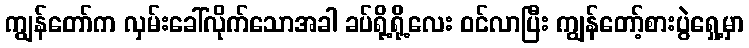
ကျွန်တော်က လှမ်းခေါ်လိုက်သောအခါ ခပ်ရို့ရို့လေး ဝင်လာပြီး ကျွန်တော့်စားပွဲရှေ့မှာ